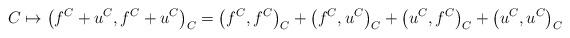
LaTeX: \begin{align*}C \mapsto \big( f^C + u^C , f^C + u^C \big)_C =\big( f^C , f^C \big)_C + \big( f^C , u^C \big)_C + \big( u^C , f^C \big)_C + \big( u^C , u^C \big)_C \end{align*}